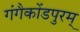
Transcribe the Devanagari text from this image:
गंगैकोंडपुरम्